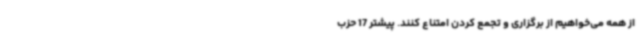
از همه می‌خواهیم از برگزاری و تجمع کردن امتناع کنند. پیشتر 17 حزب